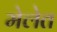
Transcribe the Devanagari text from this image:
मेलेत